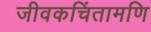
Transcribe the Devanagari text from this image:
जीवकचिंतामणि